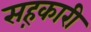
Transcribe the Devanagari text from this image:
सह़कारी